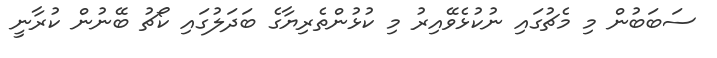
ސަބަބުން މި މެޗުގައި ނުކުޅެވޭއިރު މި ކުޅުންތެރިޔާގެ ބަދަލުގައި ކޯޗު ބޭނުން ކުރާނީ